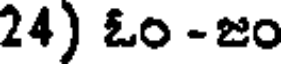
24) ఓం -జం